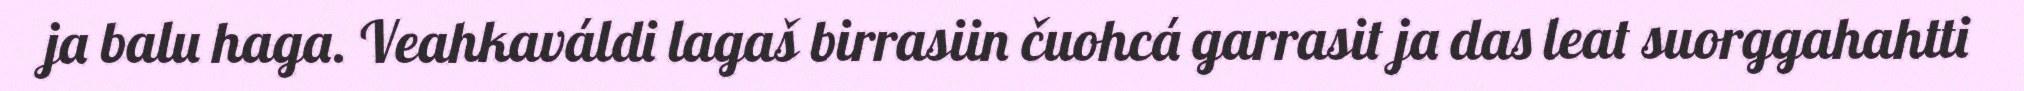
ja balu haga. Veahkaváldi lagaš birrasiin čuohcá garrasit ja das leat suorggahahtti